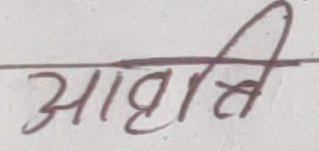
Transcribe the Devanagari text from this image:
आशातीत